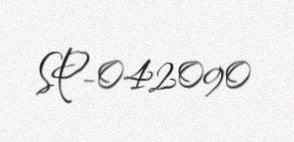
SP-042090